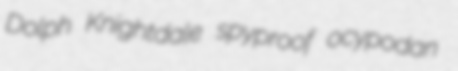
Dolph Knightdale spyproof ocypodan